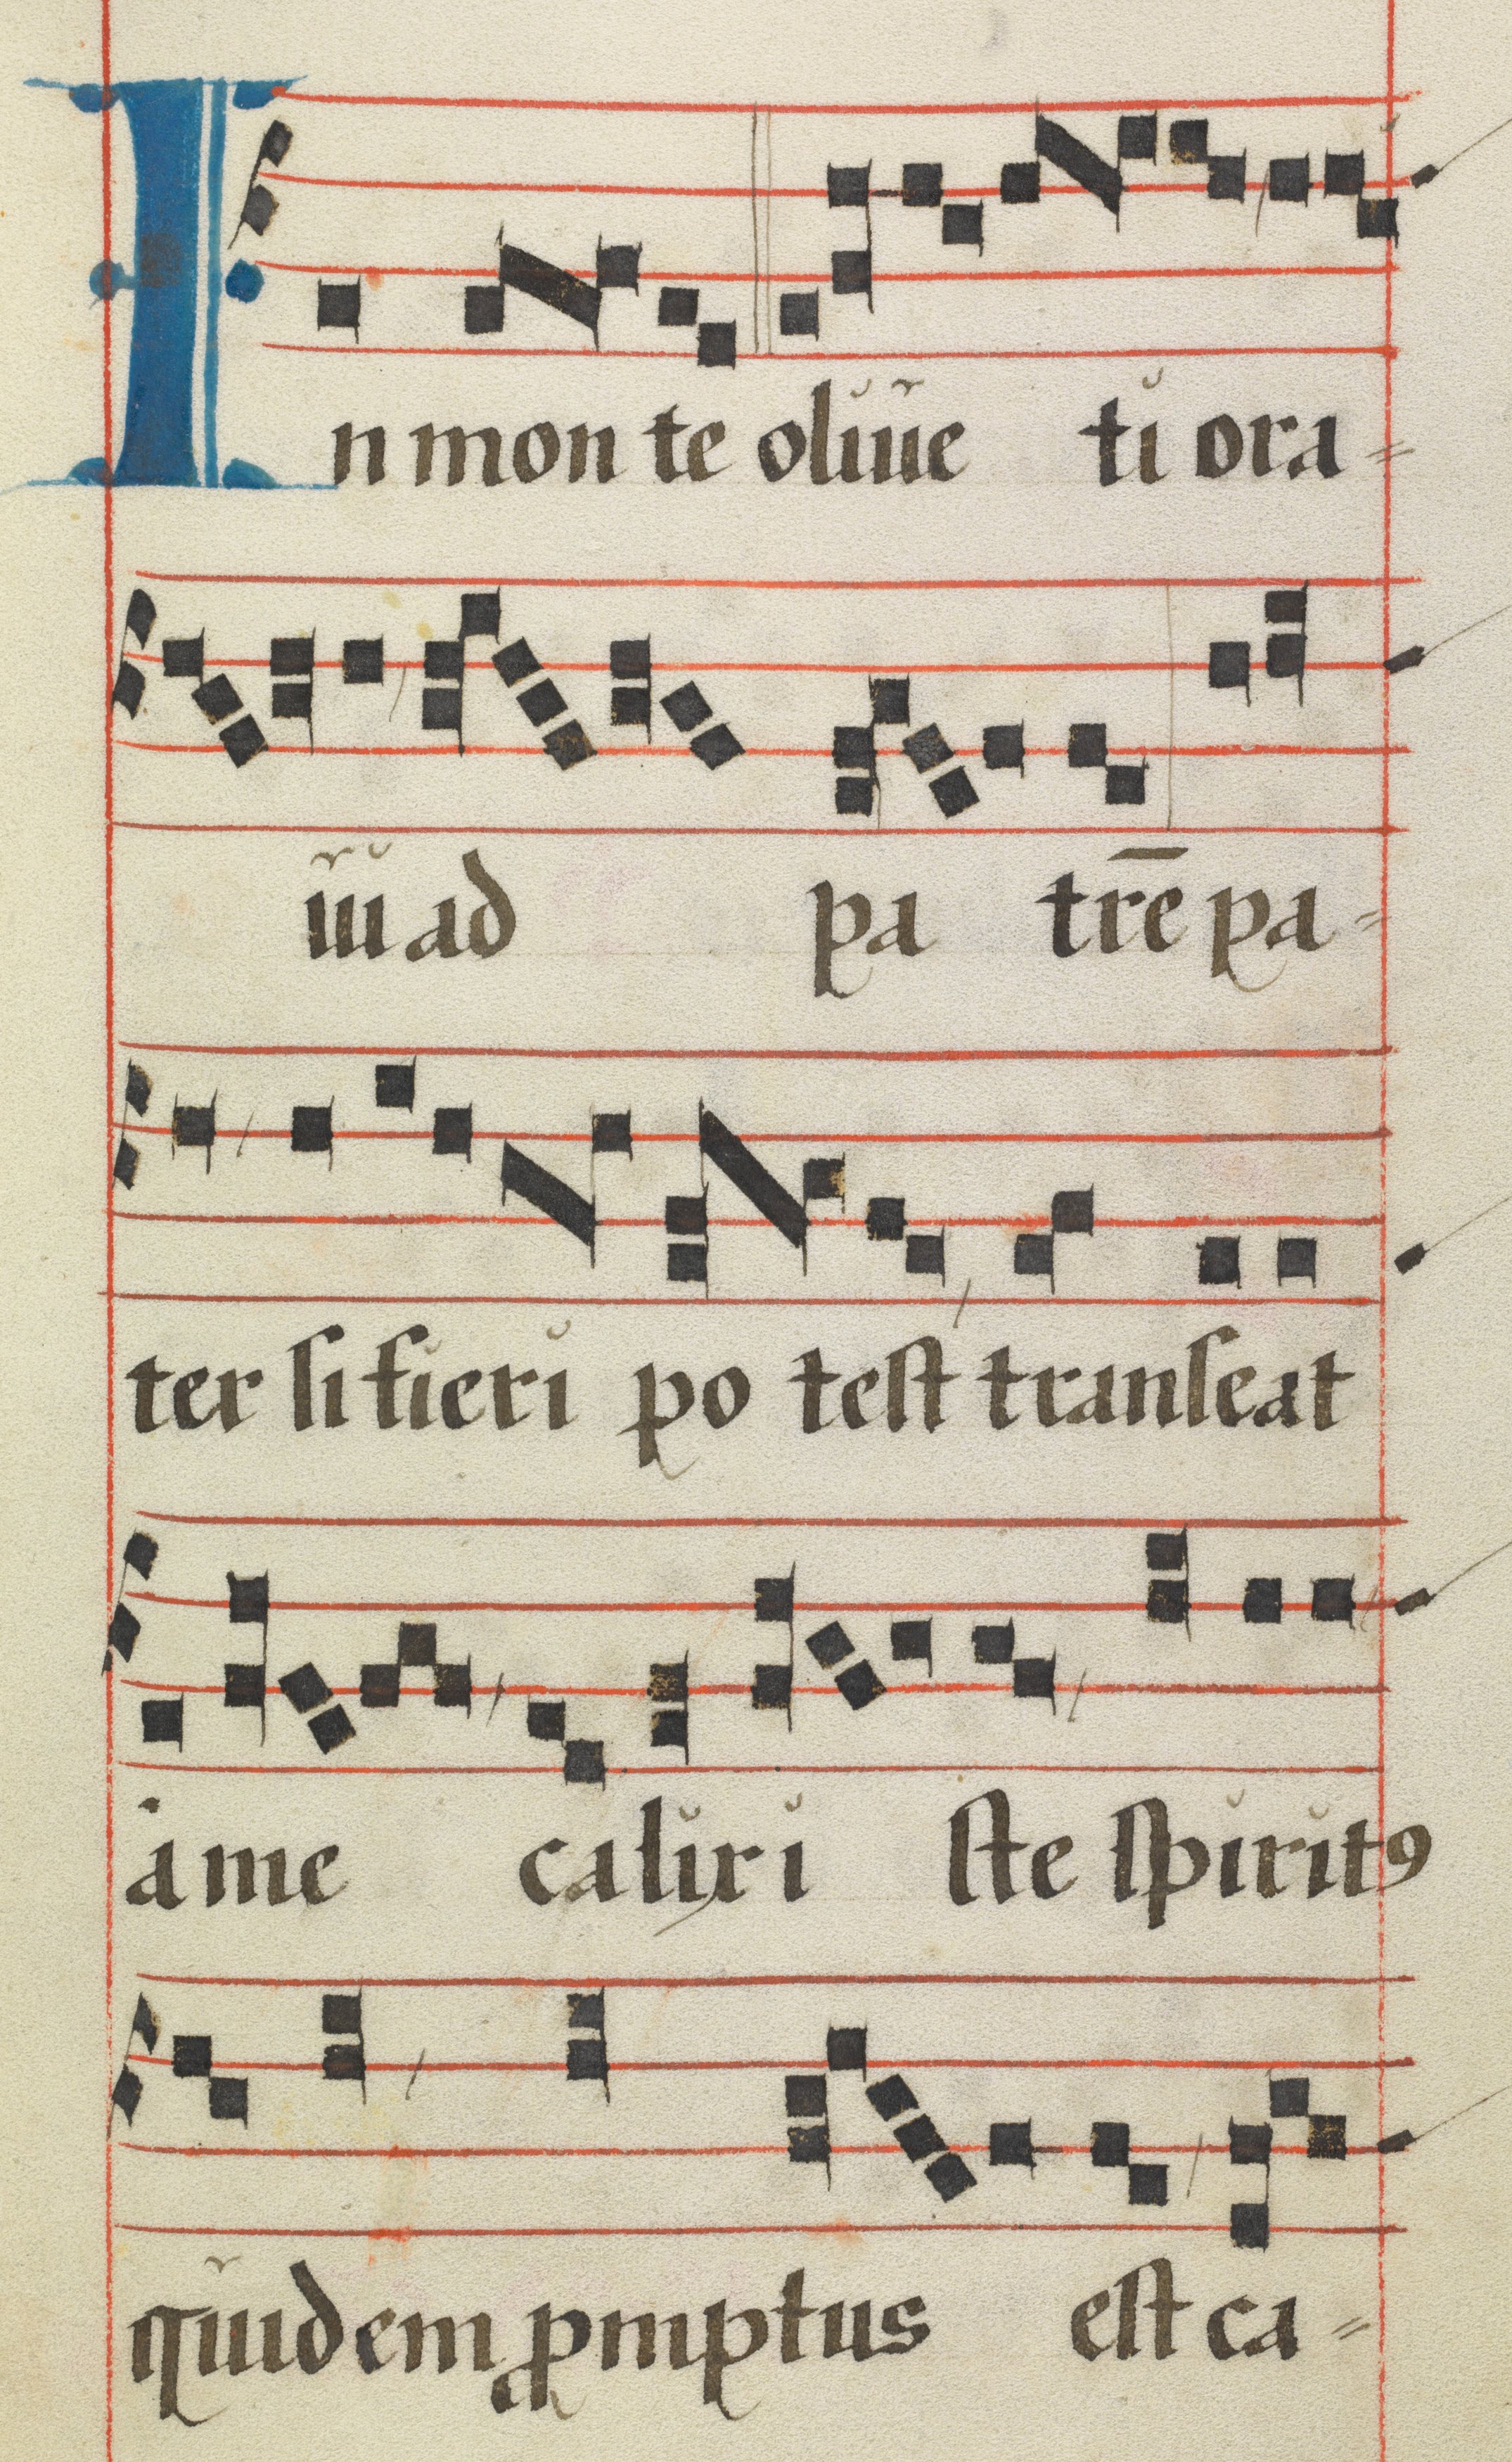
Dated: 1425–1449